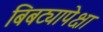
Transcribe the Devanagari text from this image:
बिबट्यापेक्षा